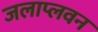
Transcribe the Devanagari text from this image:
जलाप्लवन